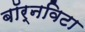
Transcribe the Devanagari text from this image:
बॉर्नविटा